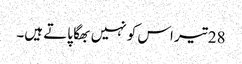
28 تیر اس کو نہیں بھگا پاتے ہیں۔